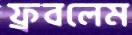
ফ্রবলেম